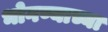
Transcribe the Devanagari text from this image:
भोगण्याच्या